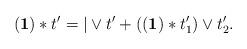
LaTeX: \begin{align*}(\mathbf{1})\ast t'= |\vee t' + ((\mathbf{1})\ast t'_1)\vee t'_2.\end{align*}